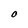
Character: 0